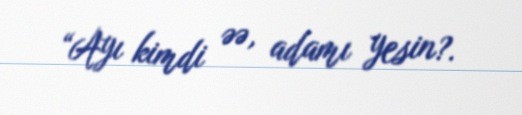
“Ayı kimdi əə, adamı yesin?.